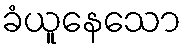
ခံယူနေသော